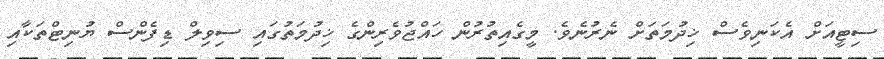
ސިޓީއަށް އެކަނިވެސް ޚިދުމަތަށް ނެރުނެވެ. މީގެއިތުރުން ހައްޖުވެރިންގެ ޚިދުމަތުގައި ސިވިލް ޑިފެންސް ޔުނިޓްތަކާއި